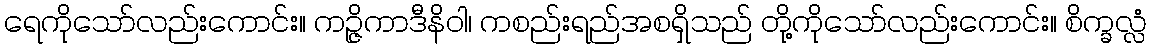
ရေကိုသော်လည်းကောင်း။ ကဉ္ဇိကာဒီနိဝါ၊ ကစည်းရည်အစရှိသည် တို့ကိုသော်လည်းကောင်း။ စိက္ခလ္လံ